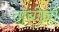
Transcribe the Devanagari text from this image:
ताबीज़ों